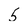
Character: 5